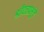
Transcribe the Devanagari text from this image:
श्रीदत्तप्रभूंचे